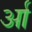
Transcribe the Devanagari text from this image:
र्आ